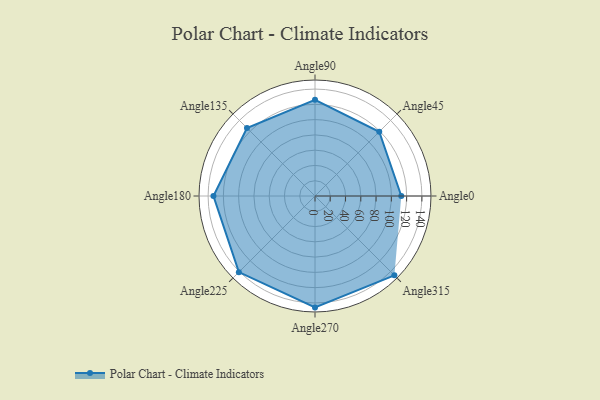
{"axis": {"x": "Angle", "y": "Radius"}, "legend": [""], "data": [{"x": "Angle0", "y": 113.0, "type": ""}, {"x": "Angle45", "y": 119.0, "type": ""}, {"x": "Angle90", "y": 126.0, "type": ""}, {"x": "Angle135", "y": 126.0, "type": ""}, {"x": "Angle180", "y": 133.0, "type": ""}, {"x": "Angle225", "y": 141.0, "type": ""}, {"x": "Angle270", "y": 146.0, "type": ""}, {"x": "Angle315", "y": 147.0, "type": ""}]}